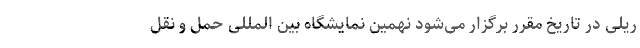
ریلی در تاریخ مقرر برگزار می‌شود نهمین نمایشگاه بین المللی حمل و نقل